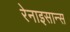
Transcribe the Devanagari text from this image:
रेनाइसान्स